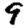
Digit: 9